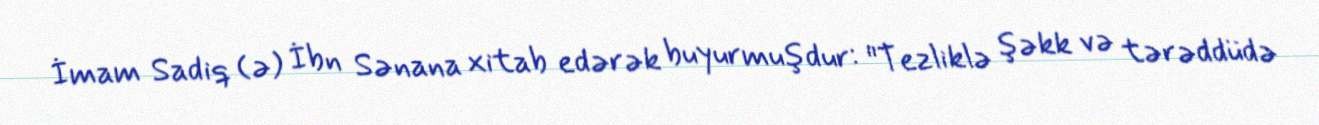
İmam Sadiq (ə) İbn Sənana xitab edərək buyurmuşdur: "Tezliklə şəkk və tərəddüdə